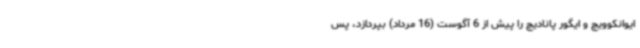
ایوانکوویچ و ایگور پانادیچ را پیش از 6 آگوست (16 مرداد) بپردازد، پس